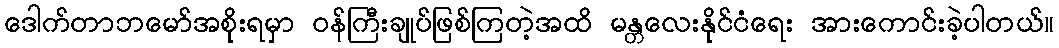
ဒေါက်တာဘမော်အစိုးရမှာ ဝန်ကြီးချုပ်ဖြစ်ကြတဲ့အထိ မန္တလေးနိုင်ငံရေး အားကောင်းခဲ့ပါတယ်။